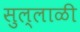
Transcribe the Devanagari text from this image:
सुल्लाळी